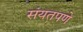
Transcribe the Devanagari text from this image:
संयतपणे